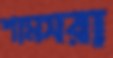
শামসরা